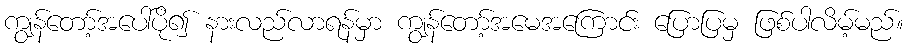
ကျွန်တော့်အပေါ်ပို၍ နားလည်လာရန်မှာ ကျွန်တော့်အမေအကြောင်း ပြောပြမှ ဖြစ်ပါလိမ့်မည်။